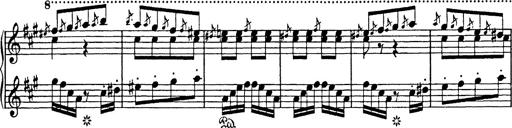
Title: Mephisto Polka
Composer: Franz Liszt